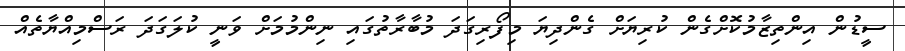
ސީޑުން އިންތިޒާމުކޮށްގެން ކުރިޔަށް ގެންދިޔަ މިފޯރިގަދަ މުބާރާތުގައި ނިންމުމަށް ވަނީ ކުލަގަދަ ރަސްމިއްޔާތެއް